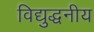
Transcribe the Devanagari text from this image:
विद्युद्धनीय